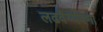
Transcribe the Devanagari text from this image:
लढवैय्येपणा